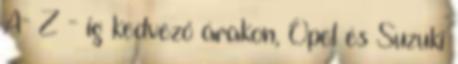
A- Z - ig kedvező árakon, Opel és Suzuki